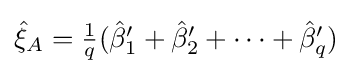
{\textstyle {\hat {\xi }}_{A}={\frac {1}{q}}({\hat {\beta }}_{1}'+{\hat {\beta }}_{2}'+\dots +{\hat {\beta }}_{q}')}